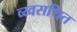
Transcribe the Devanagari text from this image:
व्य्वसथित